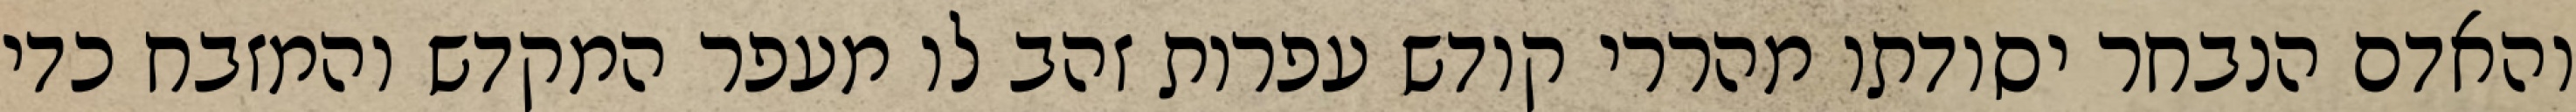
והאדם הנבחר יסודתו מהררי קודש עפרות זהב לו מעפר המקדש והמזבח כדי